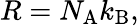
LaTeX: R=N_{\mathrm{{A}}}k_{\mathrm{{B}}},